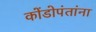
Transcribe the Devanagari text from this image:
कोंडोपंतांना